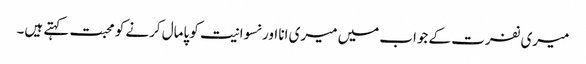
میری نفرت کے جواب میں میری انا اور نسوانیت کو پامال کرنے کو محبت کہتے ہیں۔